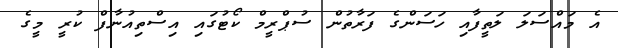
އެ މައްސަލަ ލަތީފާއި ހަސަންގެ ފަރާތުން ސުޕްރީމް ކޯޓުގައި އިސްތިއުނާފް ކުރީ މީގެ